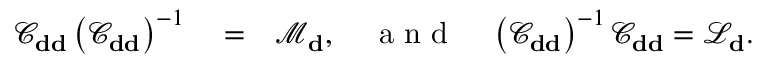
\begin{array} { r l r } { \mathcal { C } _ { \bf d d } \left( \mathcal { C } _ { \bf d d } \right) ^ { - 1 } } & { { } = } & { \mathcal { M } _ { \bf d } , \quad \mathrm { ~ a ~ n ~ d ~ } \quad \left( \mathcal { C } _ { \bf d d } \right) ^ { - 1 } \mathcal { C } _ { \bf d d } = \mathcal { L } _ { \bf d } . } \end{array}